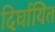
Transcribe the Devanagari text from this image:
दिर्घायित